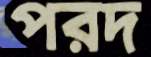
পরদ